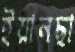
ইয়ানছা